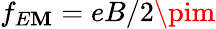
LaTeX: f_{E\mathbf{M}}=eB/2\pim